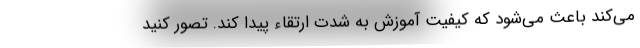
می‌کند باعث می‌شود که کیفیت آموزش به شدت ارتقاء پیدا کند. تصور کنید